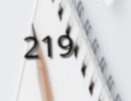
219